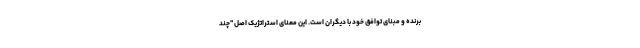
برنده و مبنای توافق خود با دیگران است. این معنای استراتژیک اصل "چند